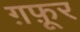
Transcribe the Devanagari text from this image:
ग़फ़ूर